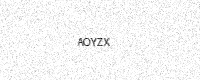
Text: AOYZX